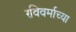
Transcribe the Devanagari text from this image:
रविवर्माच्या